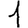
Digit: 1